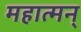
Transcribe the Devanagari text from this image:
महात्मन्‌